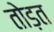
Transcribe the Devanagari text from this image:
तोड़त